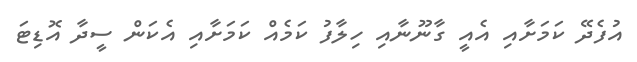
އުފެދޭ ކަމަށާއި އެއީ ގާނޫނާއި ހިލާފު ކަމެއް ކަމަށާއި އެކަން ސީދާ އޮޑިޓަ